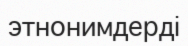
этнонимдерді